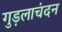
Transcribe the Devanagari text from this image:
गुड़लाचंदन